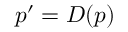
p ^ { \prime } = D ( p )